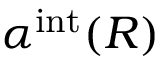
\alpha ^ { \mathrm { i n t } } ( R )